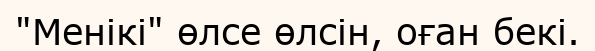
"Менікі" өлсе өлсін, оған бекі.